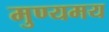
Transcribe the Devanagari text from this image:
मुण्यमय